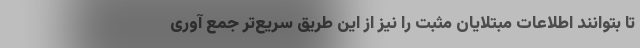
تا بتوانند اطلاعات مبتلایان مثبت را نیز از این طریق سریع‌تر جمع آوری